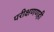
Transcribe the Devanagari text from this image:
परीक्षणणही